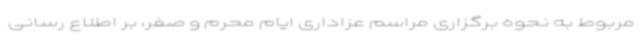
مربوط به نحوه برگزاری مراسم عزاداری ایام محرم و صفر، بر اطلاع رسانی